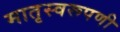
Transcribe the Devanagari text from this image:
मातृस्वरूपणी